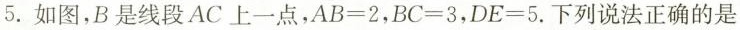
5.如图，B是线段AC上一点，$$A B = 2$$，$$B C = 3$$，$$D E = 5$$.下列说法正确的是